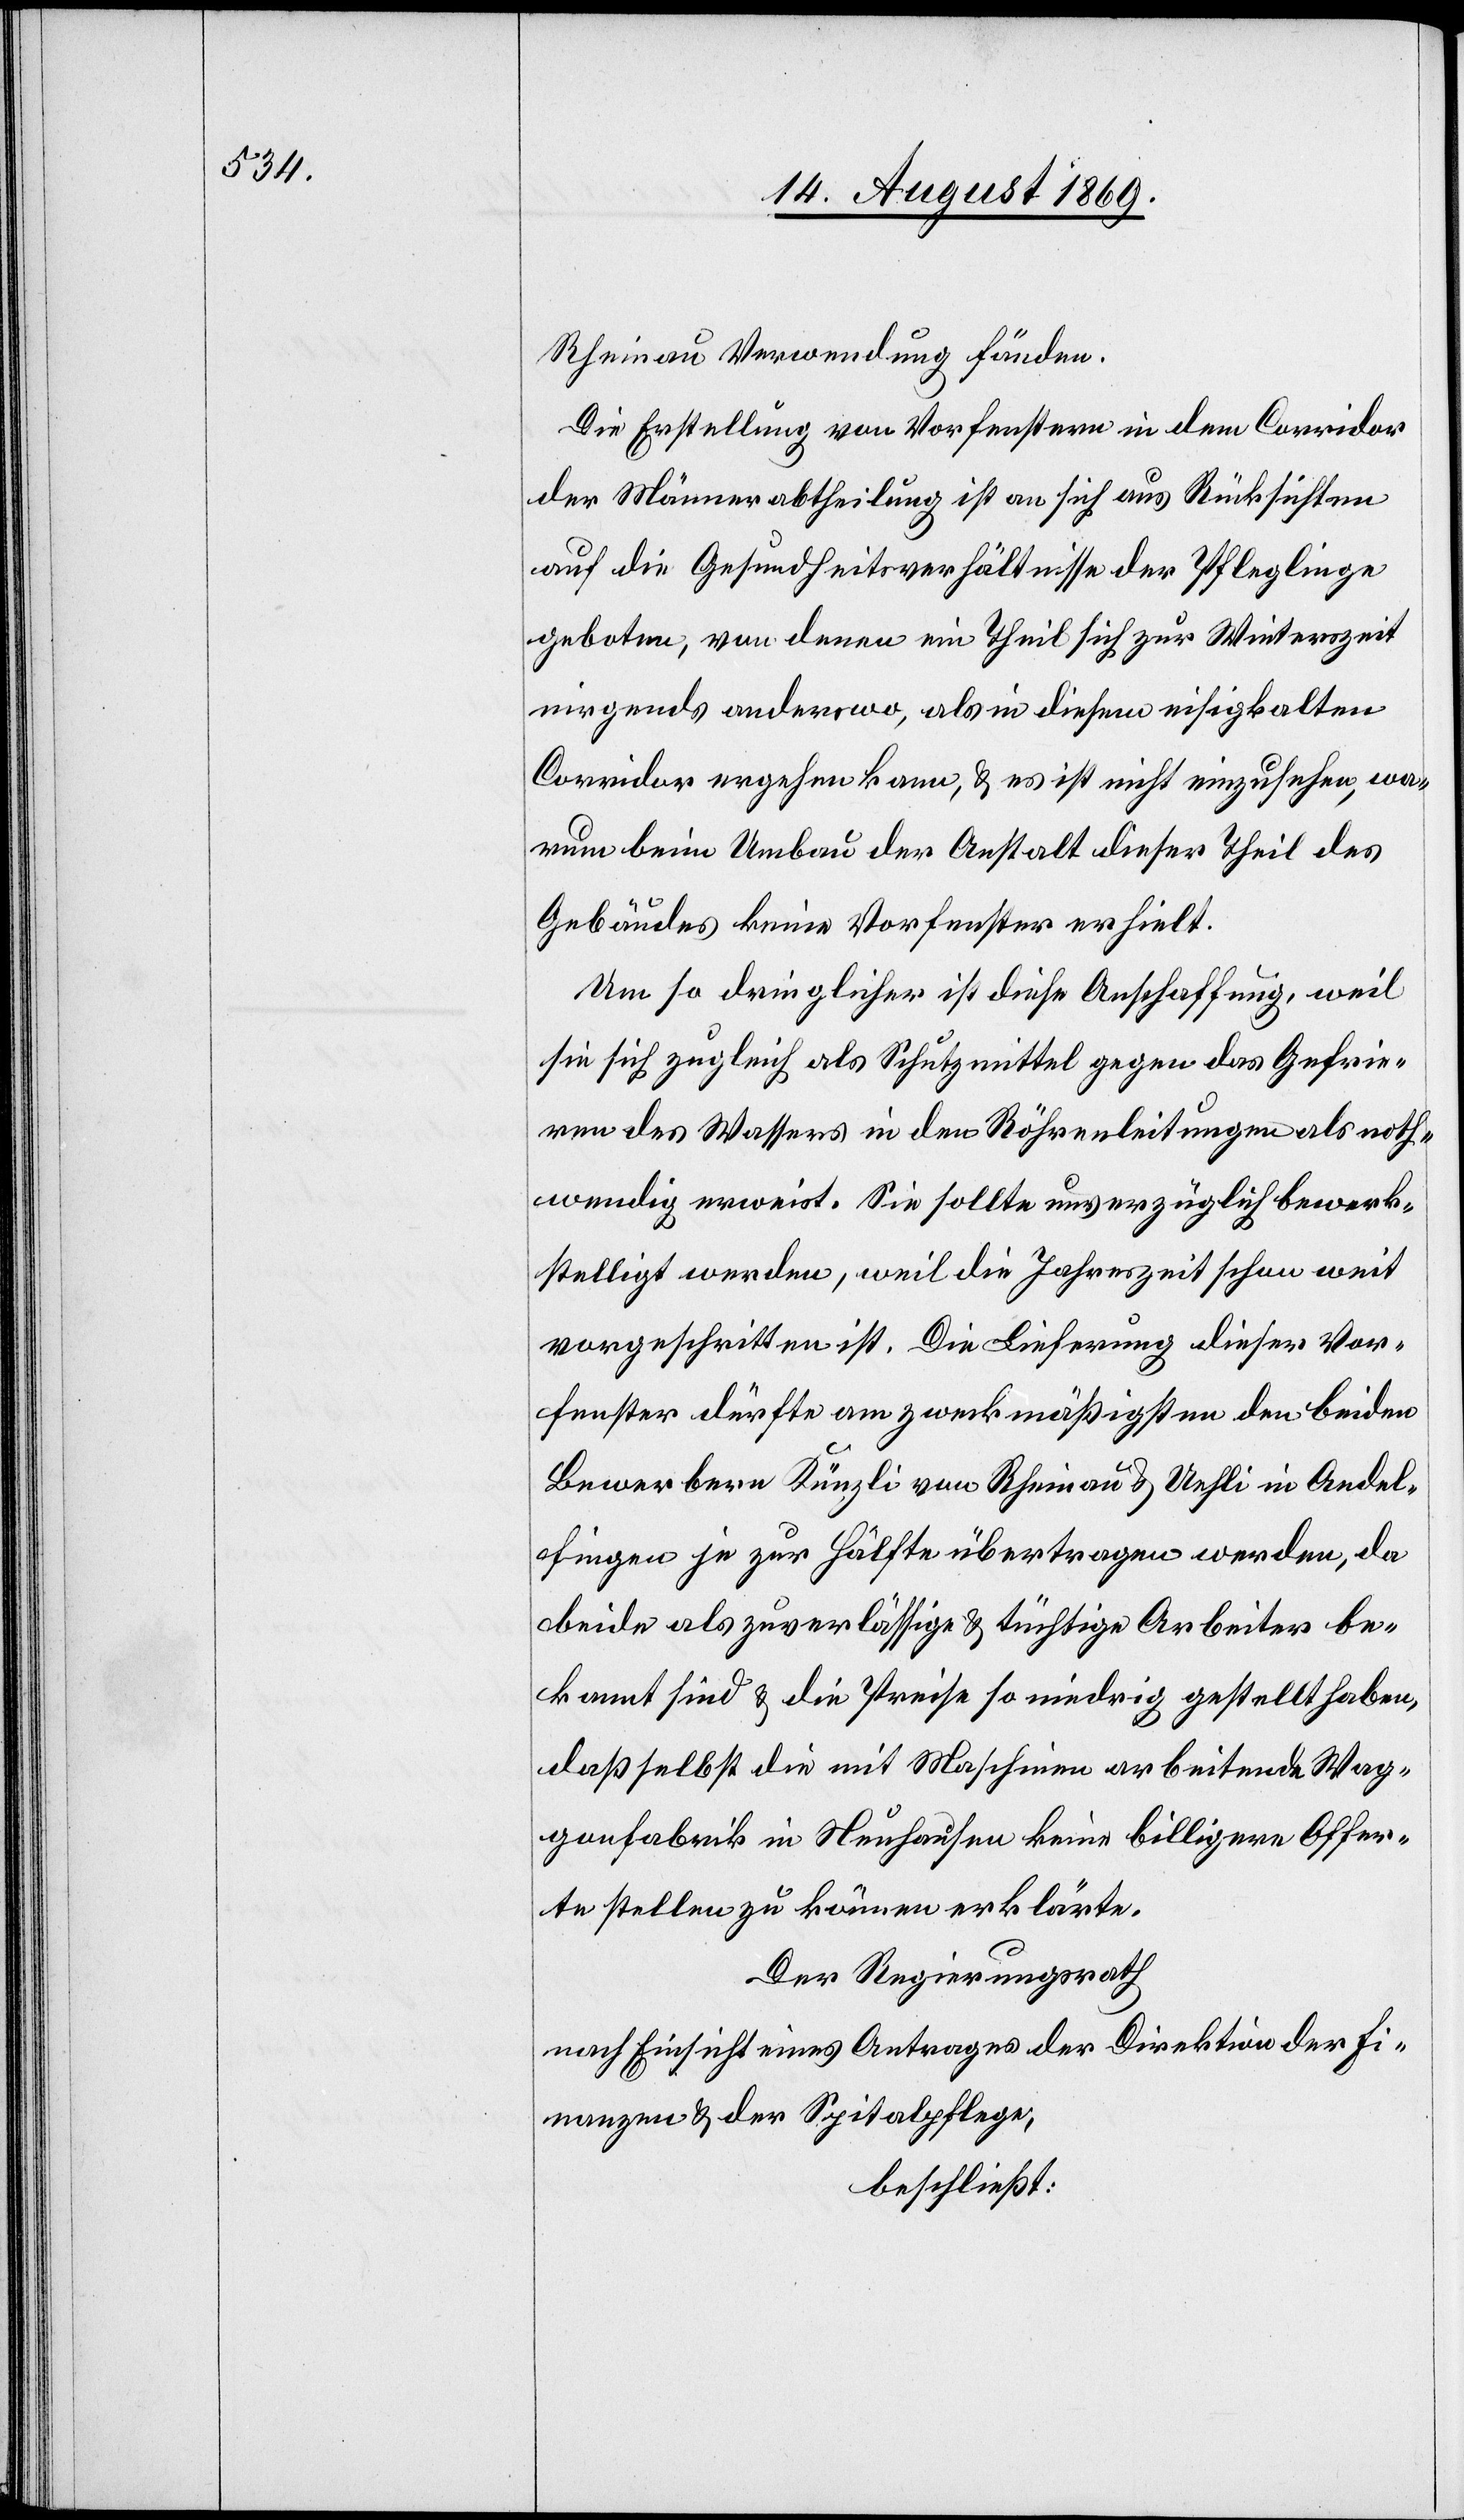
Rheinau Verwendung fänden.
Die Erstellung von Vorfenstern in dem Corridor
der Männerabtheilung ist an sich aus Rücksichten
auf die Gesundheitsverhältnisse der Pfleglinge
geboten, von denen ein Theil sich zur Winterszeit
nirgends anderswo, als in diesem eisigkalten
Corridor ergehen kann, & es ist nicht einzusehen, wa¬
rum beim Umbau der Anstalt dieser Theil des
Gebäudes keine Vorfenster erhielt.
Um so dringlicher ist diese Anschaffung, weil
sie sich zugleich als Schutzmittel gegen das Gefrie¬
ren des Wassers in den Röhrenleitungen als noth¬
wendig erweist. Sie sollte unverzüglich bewerk¬
stelligt werden, weil die Jahreszeit schon weit
vorgeschritten ist. Die Lieferung dieser Vor¬
fenster dürfte am zweckmäßigsten den beiden
Bewerbern Künzli von Rheinau & Uehli in Andel¬
fingen je zur Hälfte übertragen werden, da
beide als zuverlässige & tüchtige Arbeiter be¬
kannt sind & die Preise so niedrig gestellt haben,
daß selbst die mit Maschinen arbeitende Wag¬
gonfabrik in Neuhausen keine billigere Offer¬
te stellen zu können erklärte.
Der Regierungsrath
nach Einsicht eines Antrages der Direktion der Fi¬
nanzen & der Spitalpflege,
beschließt: